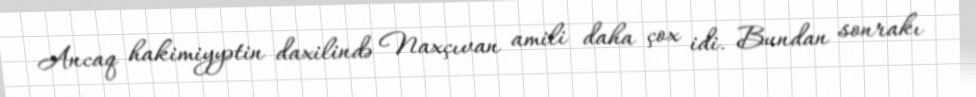
Ancaq hakimiyyətin daxilində Naxçıvan amili daha çox idi. Bundan sonrakı